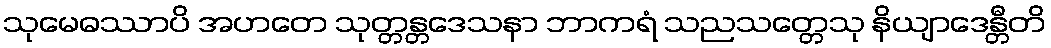
သုမေဓဿာပိ အဟတေ သုတ္တန္တဒေသနာ ဘာကရံ သညသတ္တေသု နိယျာဒေန္တီတိ